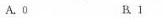
A.0 B.1